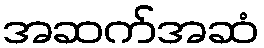
အဆက်အဆံ